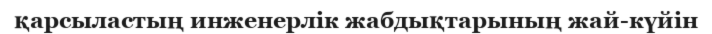
қарсыластың инженерлік жабдықтарының жай-күйін